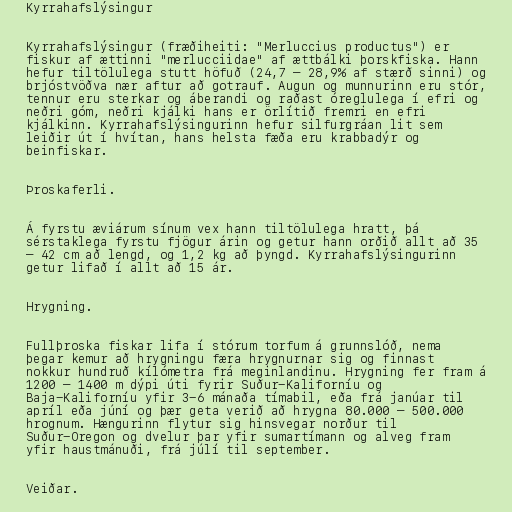
Kyrrahafslýsingur

Kyrrahafslýsingur (fræðiheiti: "Merluccius productus") er
fiskur af ættinni "merlucciidae" af ættbálki þorskfiska. Hann
hefur tiltölulega stutt höfuð (24,7 – 28,9% af stærð sinni) og
brjóstvöðva nær aftur að gotrauf. Augun og munnurinn eru stór,
tennur eru sterkar og áberandi og raðast óreglulega í efri og
neðri góm, neðri kjálki hans er örlítið fremri en efri
kjálkinn. Kyrrahafslýsingurinn hefur silfurgráan lit sem
leiðir út í hvítan, hans helsta fæða eru krabbadýr og
beinfiskar.

Þroskaferli.

Á fyrstu æviárum sínum vex hann tiltölulega hratt, þá
sérstaklega fyrstu fjögur árin og getur hann orðið allt að 35
– 42 cm að lengd, og 1,2 kg að þyngd. Kyrrahafslýsingurinn
getur lifað í allt að 15 ár.

Hrygning.

Fullþroska fiskar lifa í stórum torfum á grunnslóð, nema
þegar kemur að hrygningu færa hrygnurnar sig og finnast
nokkur hundruð kílómetra frá meginlandinu. Hrygning fer fram á
1200 – 1400 m dýpi úti fyrir Suður-Kaliforníu og
Baja-Kaliforníu yfir 3-6 mánaða tímabil, eða frá janúar til
apríl eða júní og þær geta verið að hrygna 80.000 – 500.000
hrognum. Hængurinn flytur sig hinsvegar norður til
Suður-Oregon og dvelur þar yfir sumartímann og alveg fram
yfir haustmánuði, frá júlí til september.

Veiðar.